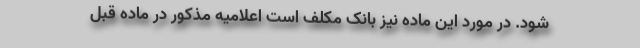
شود. در مورد این ماده نیز بانک مکلف است اعلامیه مذکور در ماده قبل